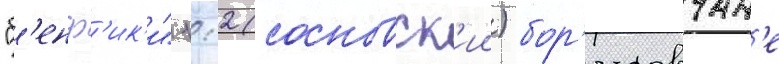
"б'енф'ик'и" 1:2 (сосновск'ии) бор'исовчан'е